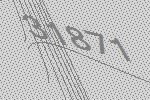
31871